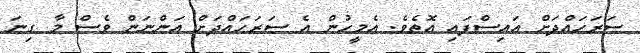
ސަރަހައްދަށް އައިސްފައި އޮތެވެ. އެމީހުން އެ ސަރަހައްދަށް އަންނަން ވެސް މާ ގިނަ